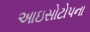
આઇસોટોપના